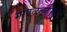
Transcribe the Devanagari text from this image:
मावळल्यामुळे